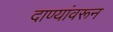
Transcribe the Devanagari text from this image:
दाण्यांवरून